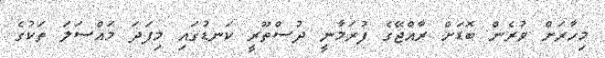
މިހާރަށް ވުރެން ބޮޑަށް ރާއްޖޭގެ ފުރަމާނީ ދުސްތޫރީ ކަނޑުގައި މިފަދަ މައްސަލަ ތަކުގެ